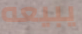
يبيعه